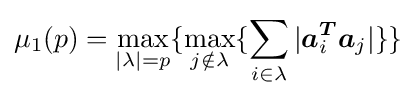
\mu _{1}(p)=\max _{|\lambda |=p}\{\max _{j\notin \lambda }\{\sum _{i\in \lambda }{|{\boldsymbol {a}}_{i}^{\boldsymbol {T}}{\boldsymbol {a}}_{j}|}\}\}